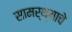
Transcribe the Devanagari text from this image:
सामर्थ्याचे